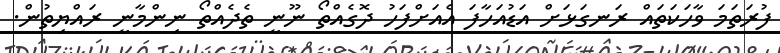
ފުރަތަމަ ވާހަކަތައް ރަނގަޅަށް އަޑުއަހާފަ އެއަށްފަހު ދޮގެއްތޯ ނޫނީ ތެދެއްތޯ ނިންމާނީ ރައްޔިތުން.